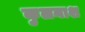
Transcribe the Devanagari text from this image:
कुलनाश